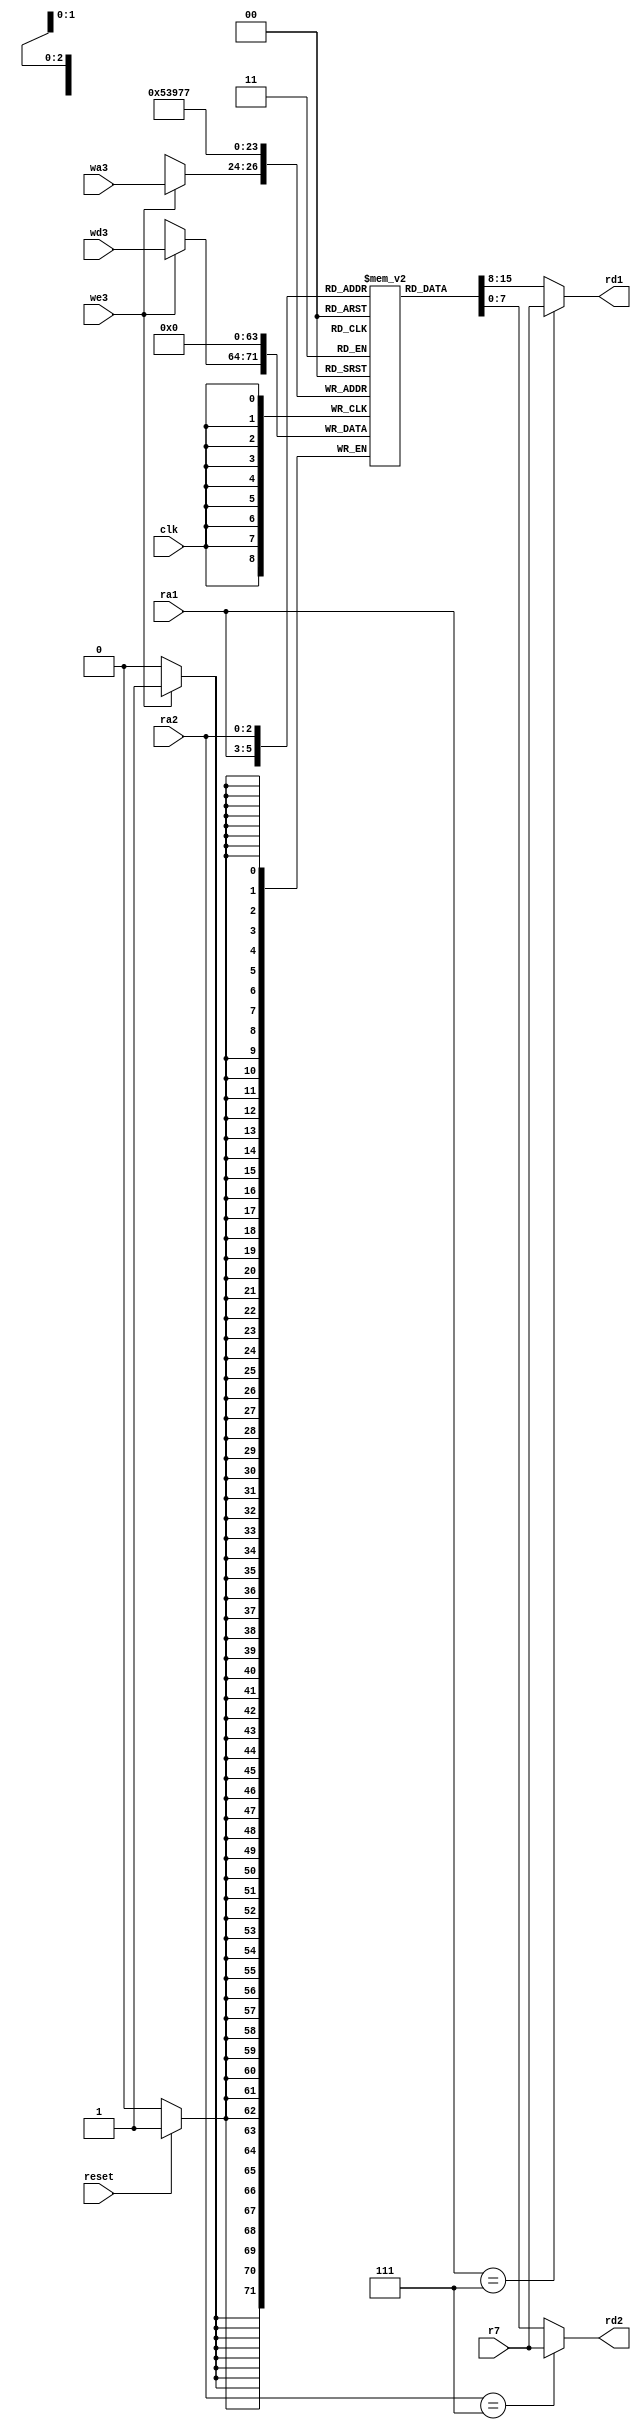
module regfile (	input wire clk,reset,
						input wire we3,
						input wire [2:0] ra1,ra2,wa3,
						input wire [7:0] wd3,r7,
						output wire [7:0] rd1,rd2);
						
		reg [7:0] rf [7:0];
		
		always@(posedge clk) begin
			if(reset) begin
				rf[7] <= 8'h00;
				rf[6] <= 8'h00;
				rf[5] <= 8'h00;
				rf[4] <= 8'h00;
				rf[3] <= 8'h00;
				rf[2] <= 8'h00;
				rf[1] <= 8'h00;
				rf[0] <= 8'h00;
			end
			if(we3) rf[wa3] <= wd3;
		end
		
		assign rd1 = (ra1 == 3'b111) ? r7 : rf[ra1];
		assign rd2 = (ra2 == 3'b111) ? r7 : rf[ra2];
endmodule